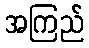
အကြည်